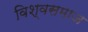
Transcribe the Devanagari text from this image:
विश्वसमाज